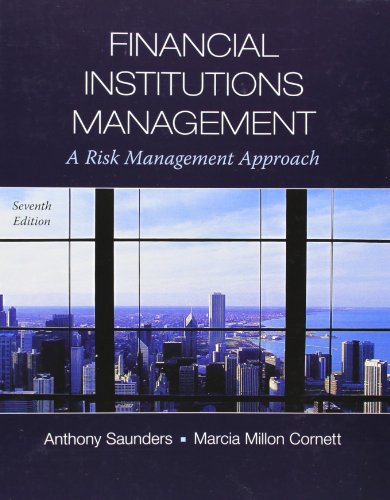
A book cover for Financial Institutions Management: A Risk Management Approach, 7th Edition; Anthony Saunders; Business & Money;